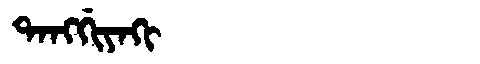
Manchu: ᡨᠠᠩᡤᡳᠶᠠᡴᡳ
Romanization: TANGGIYAKI